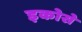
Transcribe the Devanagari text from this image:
इकोसे